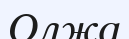
Олжа